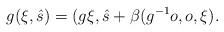
LaTeX: \begin{align*} g(\xi,\hat s) = (g\xi, \hat s+\beta(g^{-1}o,o,\xi). \end{align*}